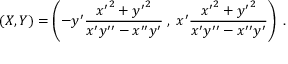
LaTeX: ( X , Y ) = \left( - y ^ { \prime } { \frac { { x ^ { \prime } } ^ { 2 } + { y ^ { \prime } } ^ { 2 } } { x ^ { \prime } y ^ { \prime \prime } - x ^ { \prime \prime } y ^ { \prime } } } \; , \; x ^ { \prime } { \frac { { x ^ { \prime } } ^ { 2 } + { y ^ { \prime } } ^ { 2 } } { x ^ { \prime } y ^ { \prime \prime } - x ^ { \prime \prime } y ^ { \prime } } } \right) \; .